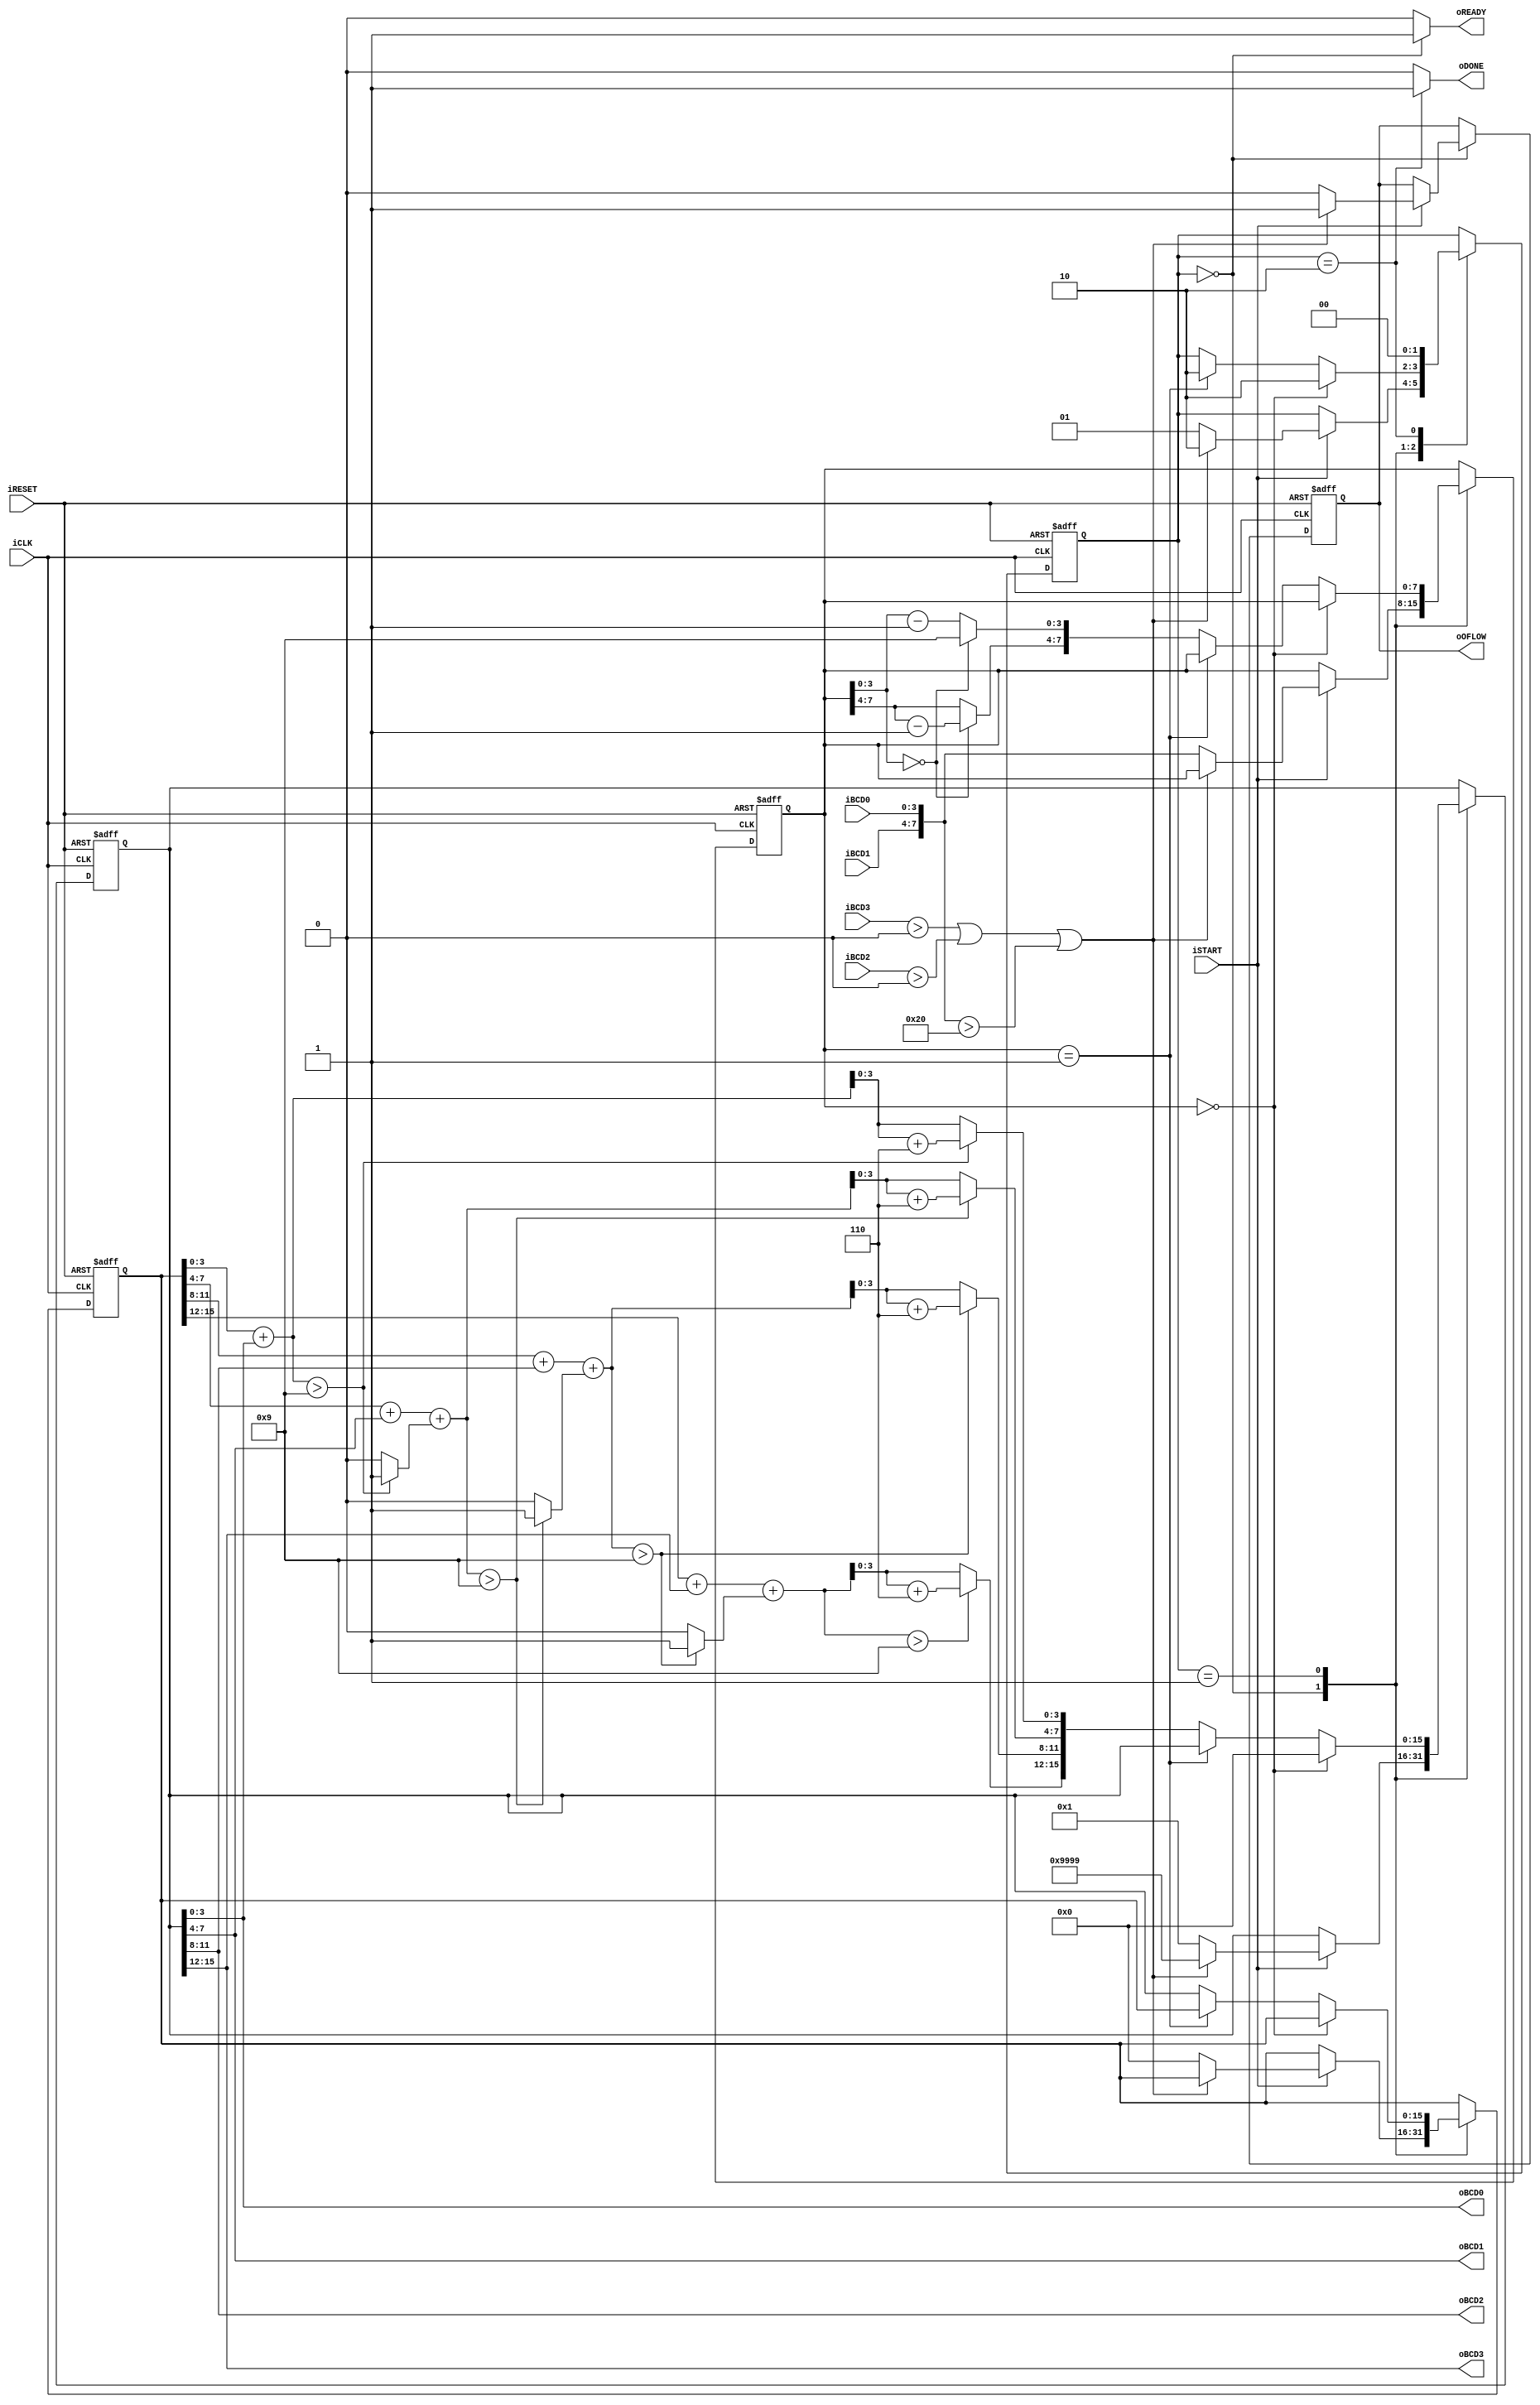
module fib_des2
	(
		input wire iCLK, iRESET,
		input wire iSTART,
		input wire [3:0] iBCD3, iBCD2, iBCD1, iBCD0,
		output wire oREADY, oDONE, oOFLOW,
		output wire [3:0] oBCD3, oBCD2, oBCD1, oBCD0
	);
	
	localparam [1:0]
		idle = 2'b00,
		proc = 2'b01,
		done = 2'b10;
	
	reg [1:0] state_reg, state_next;
	reg [7:0] cnt_reg;
	reg [7:0] cnt_next;
	reg [15:0] t0_reg, t1_reg; 
	reg [15:0] t0_next, t1_next; 
	reg overflow_reg, overflow_next;
	reg ready_next, done_next;

	wire [7:0] cnt_dec;
	wire [15:0] t_sum;
	wire [4:0] t_sum3, t_sum2, t_sum1, t_sum0;

	always @(posedge iCLK, posedge iRESET)
		if (iRESET)
			begin
				cnt_reg <= {4'd0, 4'd0};
				t0_reg <= {4'd0, 4'd0, 4'd0, 4'd0};
				t1_reg <= {4'd0, 4'd0, 4'd0, 4'd0};
				state_reg <= idle;
				overflow_reg <= 1'b0;
			end
		else
			begin
				cnt_reg <= cnt_next;
				t0_reg <= t0_next;
				t1_reg <= t1_next;
				state_reg <= state_next;
				overflow_reg <= overflow_next;
			end
	
	always @*
	begin
		cnt_next = cnt_reg;
		t0_next = t0_reg;
		t1_next = t1_reg;
		state_next = state_reg;
		overflow_next = overflow_reg;
		ready_next = 1'b0;
		done_next = 1'b0;

		case (state_reg)
			idle:
				begin
					ready_next = 1'b1;
					if (iSTART)
						if (iBCD3 > 0 || iBCD2 > 0 || {iBCD1, iBCD0} > {4'd2, 4'd0})
							begin
								t1_next = {4'd9, 4'd9, 4'd9, 4'd9};
								overflow_next = 1'b1;
								state_next = done;
							end
						else
							begin
								t1_next = {4'd0, 4'd0, 4'd0, 4'd1};
								t0_next = {4'd0, 4'd0, 4'd0, 4'd0};
								cnt_next = {iBCD1, iBCD0};
								overflow_next = 1'b0;
								state_next = proc;
							end
				end
			proc:
				if (cnt_reg == {4'd0, 4'd0})
					begin
						t1_next = {4'd0, 4'd0, 4'd0, 4'd0};
						state_next = done;
					end
				else if (cnt_reg == {4'd0, 4'd1})
					begin
						state_next = done;
					end
				else
					begin
						t0_next = t1_reg;
						t1_next = t_sum;
						cnt_next = cnt_dec;
					end
			done:
				begin
					done_next = 1'b1;
					state_next = idle;
				end
		endcase
	end

	assign cnt_dec[3:0] = (cnt_reg[3:0] == 4'd0) ? 4'd9 : cnt_reg[3:0] - 1;
	assign cnt_dec[7:4] = (cnt_reg[3:0] == 4'd0) ? cnt_reg[7:4] - 1 : cnt_reg[7:4];

	assign t_sum0 = t0_reg[3:0] + t1_reg[3:0];
	assign t_sum1 = t0_reg[7:4] + t1_reg[7:4] + ((t_sum0 > 5'd9) ? 1 : 0);
	assign t_sum2 = t0_reg[11:8] + t1_reg[11:8] + ((t_sum1 > 5'd9) ? 1 : 0);
	assign t_sum3 = t0_reg[15:12] + t1_reg[15:12] + ((t_sum2 > 5'd9) ? 1 : 0);

	assign t_sum[3:0] = (t_sum0 > 5'd9) ? t_sum0 + 5'd6 : t_sum0;
	assign t_sum[7:4] = (t_sum1 > 5'd9) ? t_sum1 + 5'd6 : t_sum1;
	assign t_sum[11:8] = (t_sum2 > 5'd9) ? t_sum2 + 5'd6 : t_sum2;
	assign t_sum[15:12] = (t_sum3 > 5'd9) ? t_sum3 + 5'd6 : t_sum3;

	assign oDONE = done_next;
	assign oREADY = ready_next;
	assign oOFLOW = overflow_reg;

	assign oBCD3 = t1_reg[15:12];
	assign oBCD2 = t1_reg[11:8];
	assign oBCD1 = t1_reg[7:4];
	assign oBCD0 = t1_reg[3:0];
endmodule